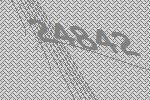
24842